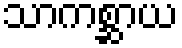
သာကစ္ဆာယ